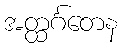
အတ္ထင်္ဂတေန